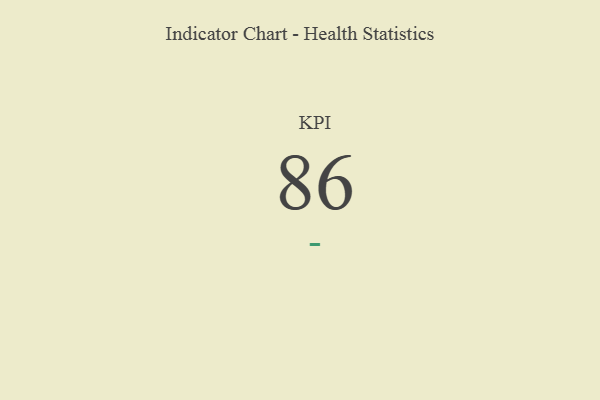
{"axis": {"x": "KPI", "y": "Value"}, "legend": [""], "data": [{"x": "KPI", "y": 86, "type": ""}]}